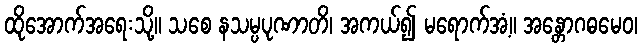
ထိုအောက်အရေးသို့။ သစေ နသမ္ပပုဏာတိ၊ အကယ်၍ မရောက်အံ့။ အန္တောဂဓမေဝ၊